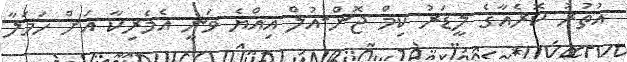
އުތުރު ކޮރެއާގެ ލީޑަރު ކިމް ޖޮން-އުލް އިއްޔެ ވަނީ އެމެރިކާ އަށް ހަމަލާ